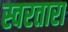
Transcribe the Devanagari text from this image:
स्वरतारा